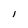
Character: l